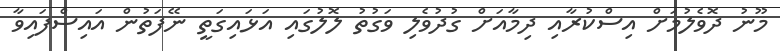
މޫނު ދޮވެލުމަށް އިސްކުރާއި ދިމާއަށް ގުދުވެލި ވަގުތު ލޮލުގައި އަޅައިގަތީ ނޭފަތުން އައިސްފައިވާ